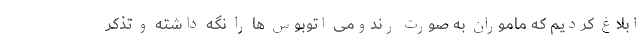
ابلاغ کردیم که ماموران به صورت رندومی اتوبوس ها را نگه داشته و تذکر